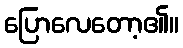
ပြောလေတော့၏။